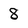
Character: 8